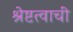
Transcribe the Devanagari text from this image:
श्रेष्टत्वाची